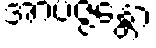
အာပဇ္ဇန္တော